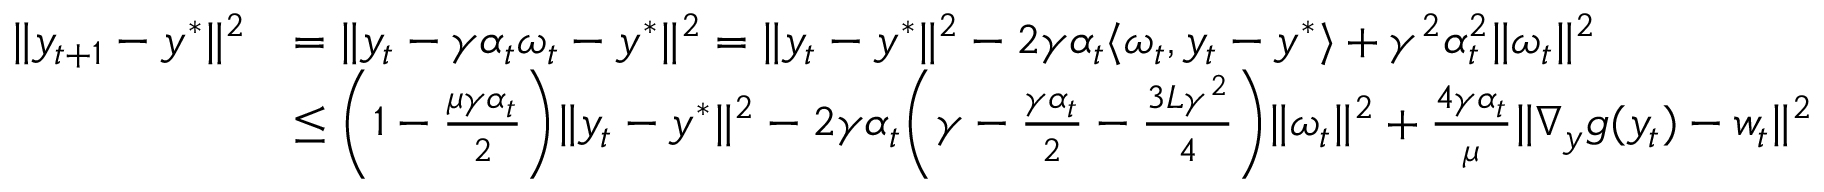
\begin{array} { r l } { \| y _ { t + 1 } - y ^ { * } \| ^ { 2 } } & { = \| y _ { t } - \gamma \alpha _ { t } \omega _ { t } - y ^ { * } \| ^ { 2 } = \| y _ { t } - y ^ { * } \| ^ { 2 } - 2 \gamma \alpha _ { t } \langle \omega _ { t } , y _ { t } - y ^ { * } \rangle + \gamma ^ { 2 } \alpha _ { t } ^ { 2 } \| \omega _ { t } \| ^ { 2 } } \\ & { \leq \bigg ( 1 - \frac { \mu \gamma \alpha _ { t } } { 2 } \bigg ) \| y _ { t } - y ^ { * } \| ^ { 2 } - 2 \gamma \alpha _ { t } \bigg ( \gamma - \frac { \gamma \alpha _ { t } } { 2 } - \frac { 3 L \gamma ^ { 2 } } { 4 } \bigg ) \| \omega _ { t } \| ^ { 2 } + \frac { 4 \gamma \alpha _ { t } } { \mu } \| \nabla _ { y } g ( y _ { t } ) - w _ { t } \| ^ { 2 } } \end{array}